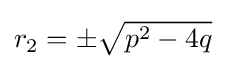
\textstyle r_{2}=\pm {\sqrt {p^{2}-4q}}